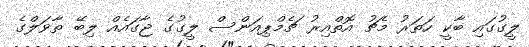
ލީގުގައި ބާކީ ހަތަރު މެޗު އޮތްއިރު ޗެމްޕިއަންސް ލީގުގެ ޖާގައެއް ލިބޭ ތާވަލްގެ